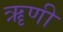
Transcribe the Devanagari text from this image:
ॠणी